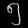
Digit: ၅